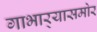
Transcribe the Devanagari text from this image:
गाभार्‍यासमोर